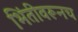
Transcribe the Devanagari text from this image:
भिंतीवरूनच